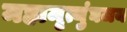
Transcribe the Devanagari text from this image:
महामृत्युंघजय